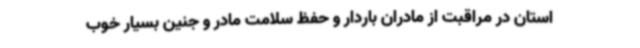
استان در مراقبت از مادران باردار و حفظ سلامت مادر و جنین بسیار خوب